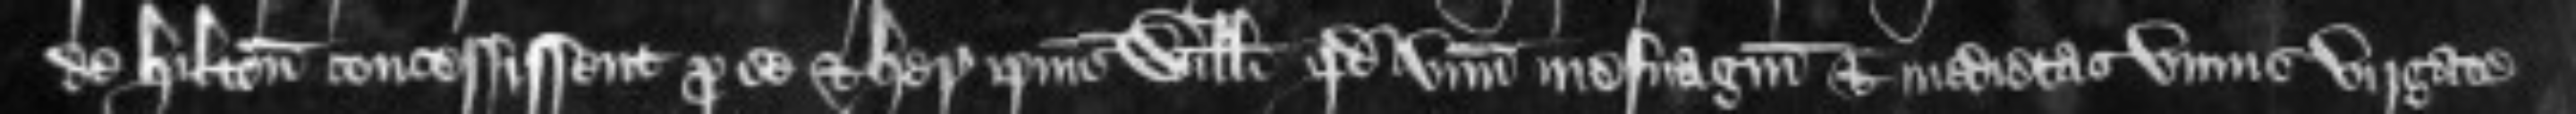
de Hilton concessissent pro se et heredibus ipsius Willelmi quod unum mesuagium et medietas unius virgate